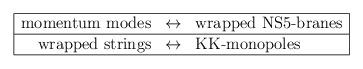
LaTeX: \begin{align*}\begin{array}{|rcl|}\hline \mbox{momentum modes} & \leftrightarrow & \mbox{wrapped NS5-branes}\\\hline \mbox{wrapped strings} & \leftrightarrow & \mbox{KK-monopoles}\\\hline \end{array}\end{align*}